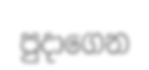
පුදාගෙන